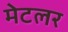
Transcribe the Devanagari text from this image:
मेटलर